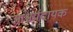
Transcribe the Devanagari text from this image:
आश्चर्यदायक